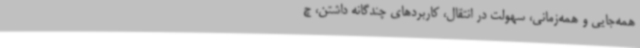
همه‌جایی و همه‌زمانی، سهولت در انتقال، کاربردهای چندگانه داشتن، چ